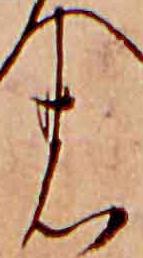
の